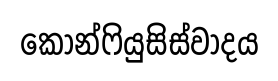
කොන්ෆියුසිස්වාදය